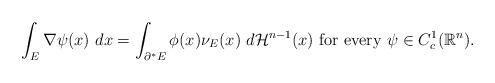
LaTeX: \begin{align*}\int_{E} \nabla \psi (x) \ dx = \int_{\partial^{*} E} \phi (x) \nu_{E} (x) \ d \mathcal{H}^{n-1} (x) \mbox{ for every } \psi \in C_{c}^{1} ( \mathbb{R}^{n}).\end{align*}